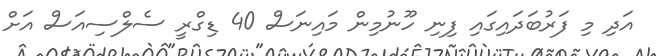
އަދި މި ފަރުބަދައިގައި ފިނި ހޫނުމިން މައިނަސް 40 ޑިގްރީ ސެލްސިއަސް އަށް